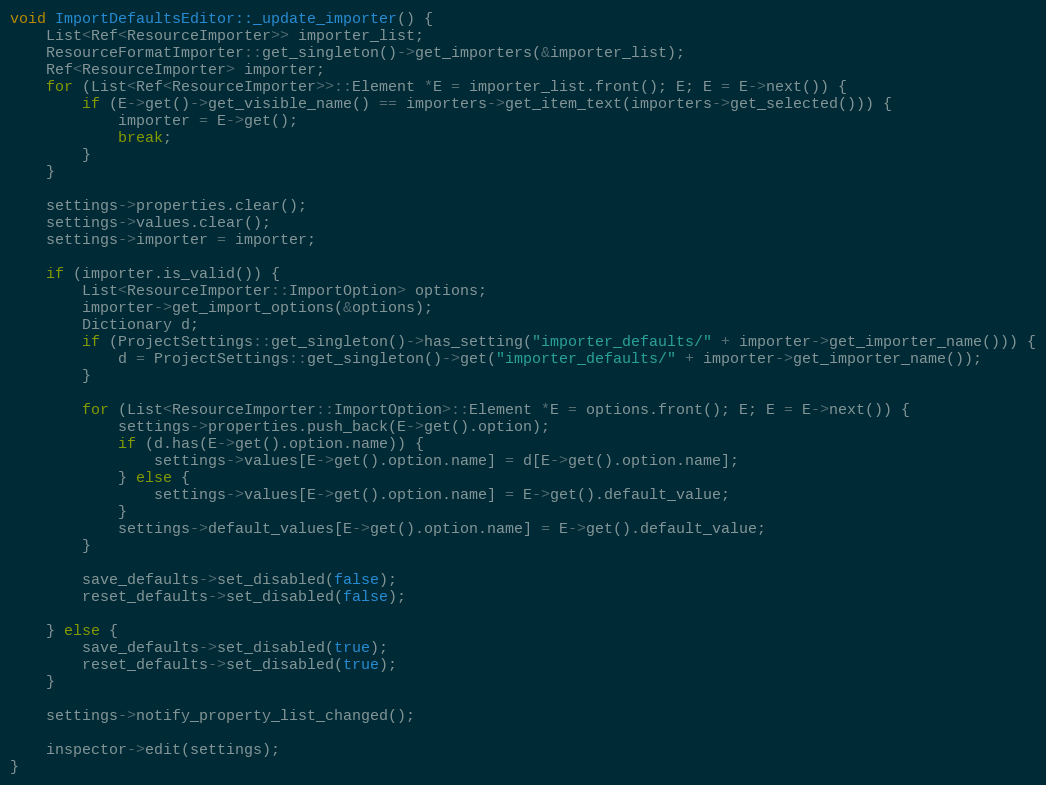
Language: C++
void ImportDefaultsEditor::_update_importer() {
	List<Ref<ResourceImporter>> importer_list;
	ResourceFormatImporter::get_singleton()->get_importers(&importer_list);
	Ref<ResourceImporter> importer;
	for (List<Ref<ResourceImporter>>::Element *E = importer_list.front(); E; E = E->next()) {
		if (E->get()->get_visible_name() == importers->get_item_text(importers->get_selected())) {
			importer = E->get();
			break;
		}
	}

	settings->properties.clear();
	settings->values.clear();
	settings->importer = importer;

	if (importer.is_valid()) {
		List<ResourceImporter::ImportOption> options;
		importer->get_import_options(&options);
		Dictionary d;
		if (ProjectSettings::get_singleton()->has_setting("importer_defaults/" + importer->get_importer_name())) {
			d = ProjectSettings::get_singleton()->get("importer_defaults/" + importer->get_importer_name());
		}

		for (List<ResourceImporter::ImportOption>::Element *E = options.front(); E; E = E->next()) {
			settings->properties.push_back(E->get().option);
			if (d.has(E->get().option.name)) {
				settings->values[E->get().option.name] = d[E->get().option.name];
			} else {
				settings->values[E->get().option.name] = E->get().default_value;
			}
			settings->default_values[E->get().option.name] = E->get().default_value;
		}

		save_defaults->set_disabled(false);
		reset_defaults->set_disabled(false);

	} else {
		save_defaults->set_disabled(true);
		reset_defaults->set_disabled(true);
	}

	settings->notify_property_list_changed();

	inspector->edit(settings);
}